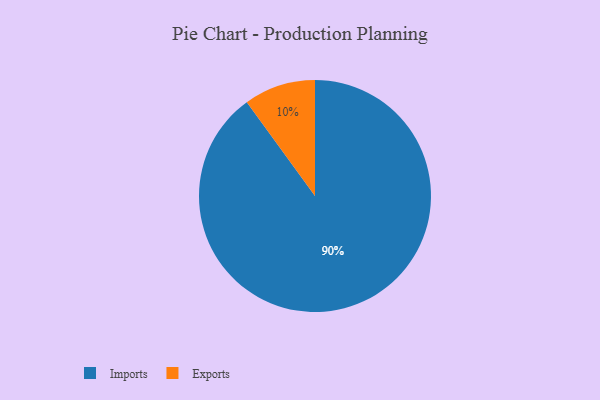
{"axis": {"x": "Category", "y": "Percentage"}, "legend": ["Exports", "Imports"], "data": [{"x": "Exports", "y": 10, "type": "Exports"}, {"x": "Imports", "y": 90, "type": "Imports"}]}